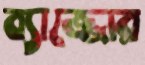
ব্যাজ্জোর